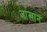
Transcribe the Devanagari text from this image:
जाखान